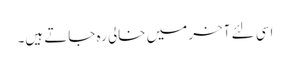
اسی لئے آخر میں خالی رہ جاتے ہیں۔